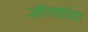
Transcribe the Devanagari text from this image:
ल्होतशांपा